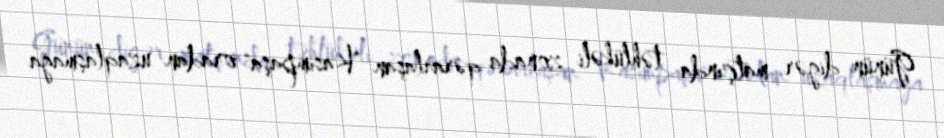
Günün digər matçında təhlükəli zonada qərarlaşan "Kasımpaşa" oradan uzaqlaşmağa